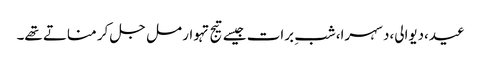
عید،دیوالی،دسہرا،شبِ برات جیسے تیج تہوار مل جل کر مناتے تھے۔